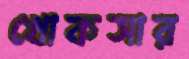
খোকসার